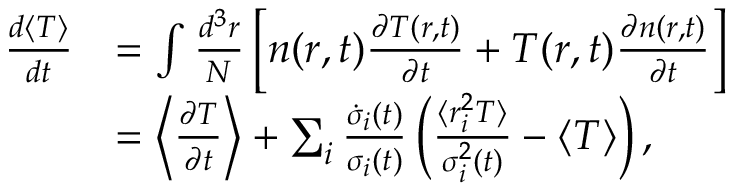
\begin{array} { r l } { \frac { d \langle T \rangle } { d t } } & { = \int \frac { d ^ { 3 } r } { N } \left[ n ( \boldsymbol { r } , t ) \frac { \partial T ( \boldsymbol { r } , t ) } { \partial t } + T ( \boldsymbol { r } , t ) \frac { \partial n ( \boldsymbol { r } , t ) } { \partial t } \right] } \\ & { = \left\langle \frac { \partial T } { \partial t } \right\rangle + \sum _ { i } \frac { \dot { \sigma } _ { i } ( t ) } { \sigma _ { i } ( t ) } \left( \frac { \langle r _ { i } ^ { 2 } T \rangle } { \sigma _ { i } ^ { 2 } ( t ) } - \langle T \rangle \right) , } \end{array}